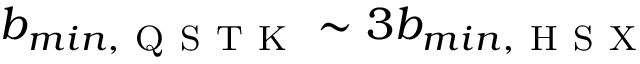
b _ { m i n , \mathrm { ~ Q ~ S ~ T ~ K ~ } } \sim 3 b _ { m i n , \mathrm { ~ H ~ S ~ X ~ } }